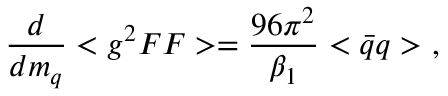
\frac { d } { d m _ { q } } < g ^ { 2 } F F > = \frac { 9 6 \pi ^ { 2 } } { \beta _ { 1 } } < \bar { q } q > ~ ,